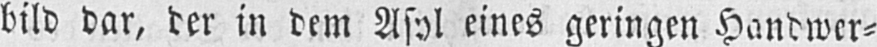
eines geringen Handwer⸗